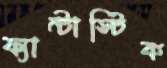
ফ্যান্টাস্টিক